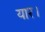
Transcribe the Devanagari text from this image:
यार।